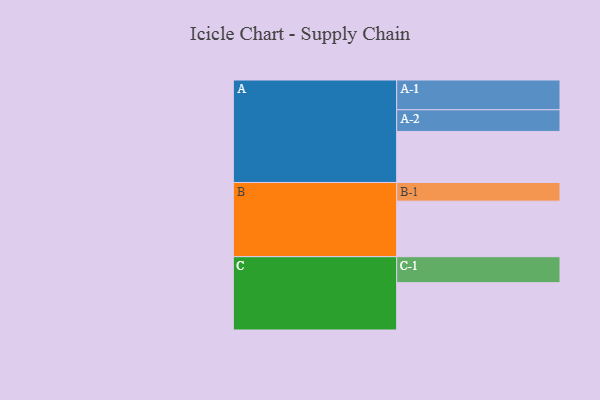
{"axis": {"x": "Segment", "y": "Value"}, "legend": ["", "A", "B", "C"], "data": [{"x": "A", "y": 511, "type": ""}, {"x": "B", "y": 556, "type": ""}, {"x": "C", "y": 474, "type": ""}, {"x": "A-1", "y": 298, "type": "A"}, {"x": "A-2", "y": 217, "type": "A"}, {"x": "B-1", "y": 187, "type": "B"}, {"x": "C-1", "y": 260, "type": "C"}]}